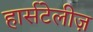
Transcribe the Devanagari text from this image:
हार्सटेलीज़